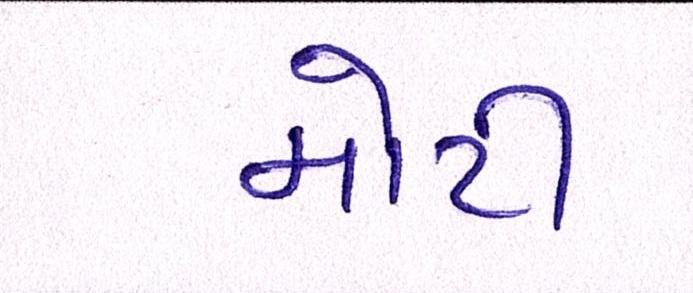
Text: મોટી